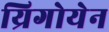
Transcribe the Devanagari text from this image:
य्रिगोयेन